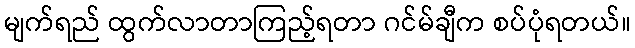
မျက်ရည် ထွက်လာတာကြည့်ရတာ ဂင်မ်ချီက စပ်ပုံရတယ်။